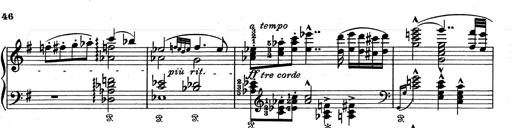
Title: Aus Lohengrin
Composer: Franz Liszt